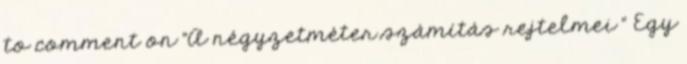
to comment on "A négyzetméter számítás rejtelmei " Egy